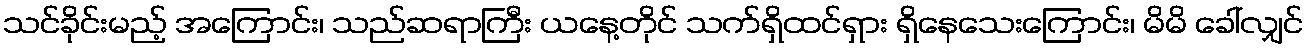
သင်ခိုင်းမည့် အကြောင်း၊ သည်ဆရာကြီး ယနေ့တိုင် သက်ရှိထင်ရှား ရှိနေသေးကြောင်း၊ မိမိ ခေါ်လျှင်